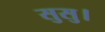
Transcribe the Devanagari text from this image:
सुसु।